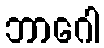
ဘာဂေါ